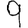
Digit: 9